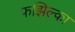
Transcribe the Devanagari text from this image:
फझिल्का